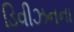
ડિવીઝનના